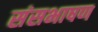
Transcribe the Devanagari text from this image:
संसभाषण